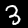
Digit: 3